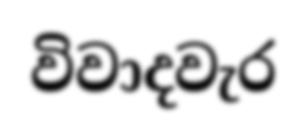
විවාදවැර